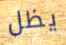
يظل